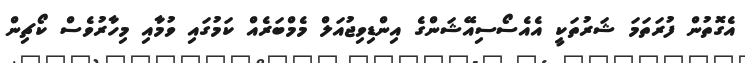
އެގޮތުން ފުރަތަމަ ޝަރުތަކީ އެއެސޯސިއޭޝަންގެ އިންޑިވިޖުއަލް މެމްބަރެއް ކަމުގައި ވުމާއި މިހާރުވެސް ކޯޗިން